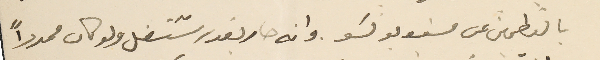
بالتطمين عن مسَيو بونسَو. وانه صار يقدر يشتغل ولو كان ممدداً